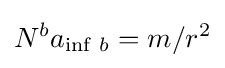
N^{b}a_{\inf \,b}=m/r^{2}